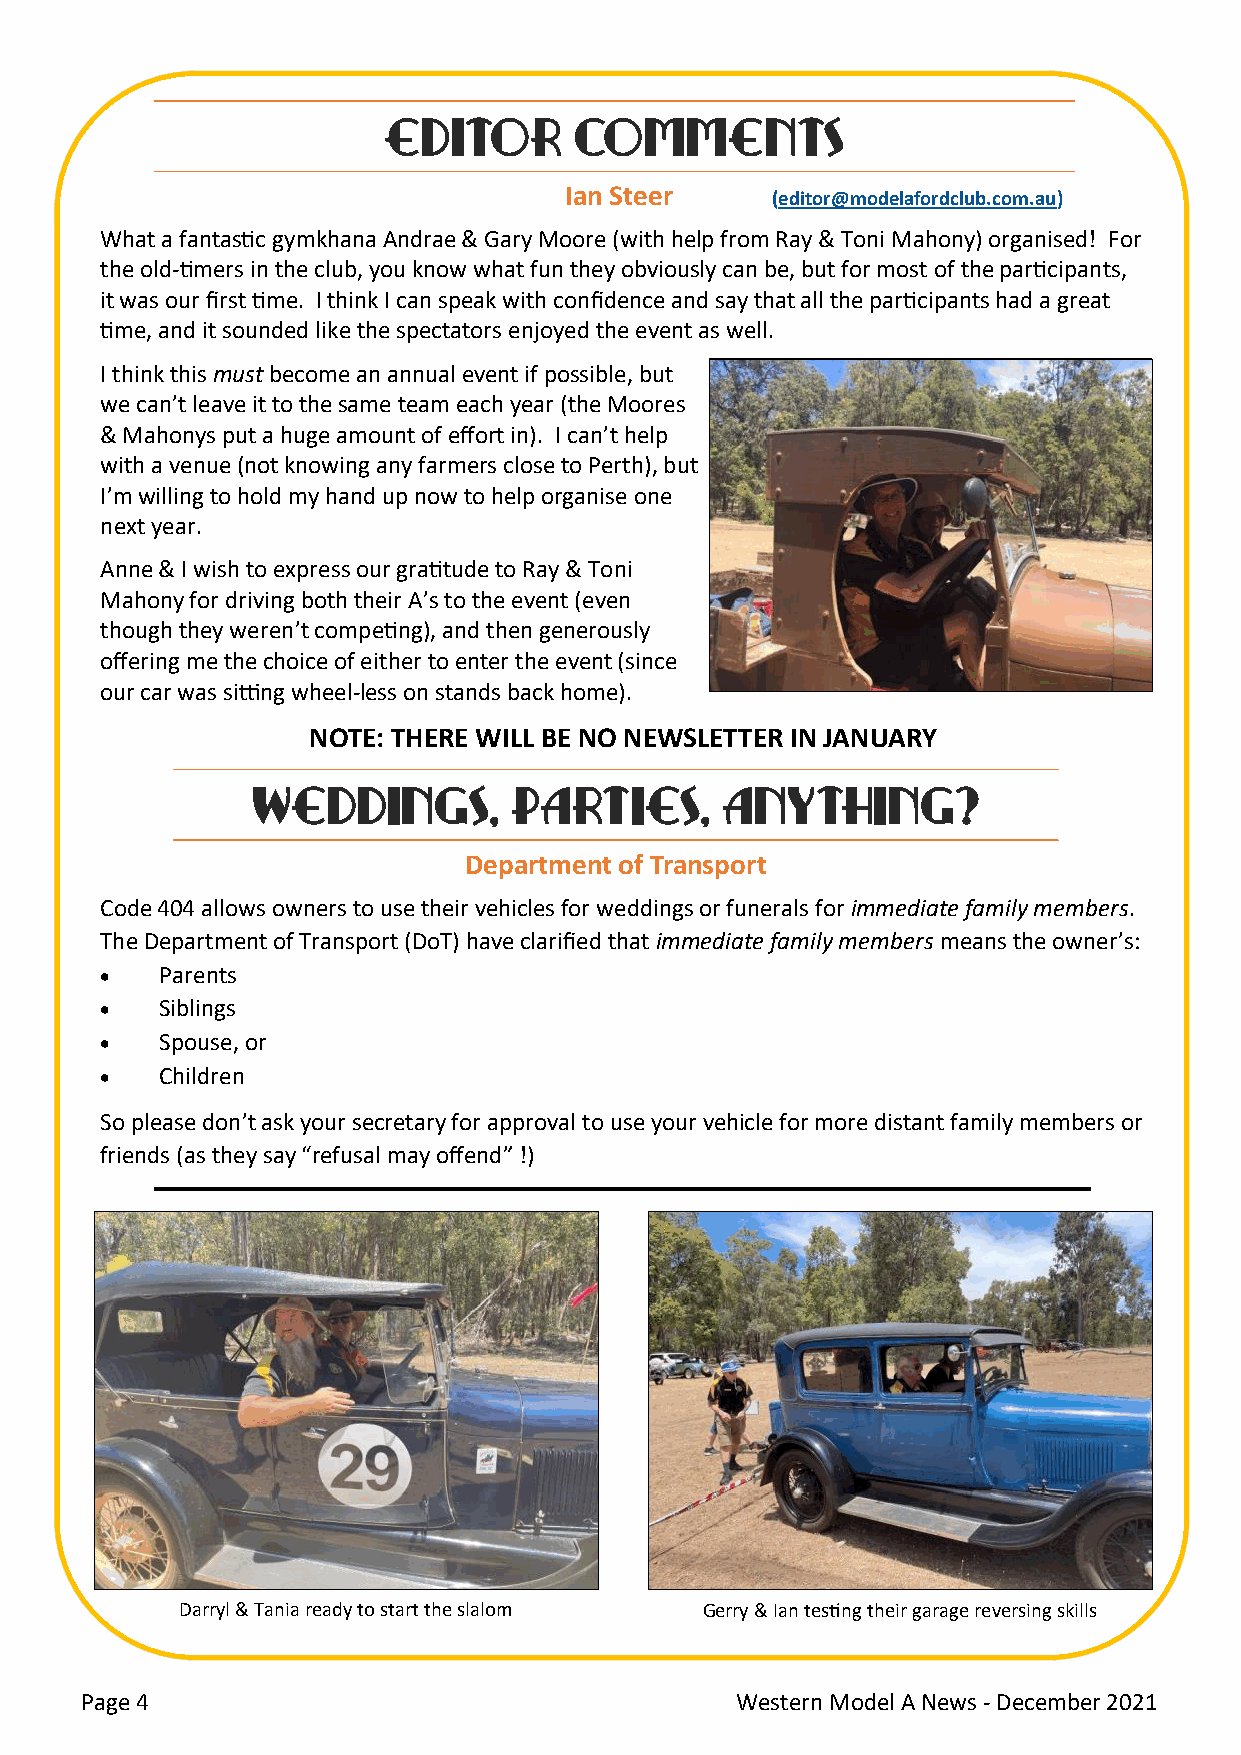
EDITOR       COMMENTS
 Ian Steer
 (editor@modelafordclub.com.au)
 What a fantastic gymkhana Andrae & Gary Moore (with help from Ray & Toni Mahony) organised! For
 the old-timers in the club, you know what fun they obviously can be, but for most of the participants,
 it was our first time. I think I can speak with confidence and say that all the participants had a great
 time, and it sounded like the spectators enjoyed the event as well.
 I think this must become an annual event if possible, but
 we can’t leave it to the same team each year (the Moores
 & Mahonys put a huge amount of effort in). I can’t help
 with a venue (not knowing any farmers close to Perth), but
 I’m willing to hold my hand up now to help organise one
 next year.
 Anne & I wish to express our gratitude to Ray & Toni
 Mahony for driving both their A’s to the event (even
 though they weren’t competing), and then generously
 offering me the choice of either to enter the event (since
 our car was sitting wheel-less on stands back home).
 NOTE: THERE WILL BE NO NEWSLETTER IN JANUARY
 WEDDINGS,        PARTIES,      ANYTHING?
 Department of Transport
 Code 404 allows owners to use their vehicles for weddings or funerals for immediate family members.
 The Department of Transport (DoT) have clarified that immediate family members means the owner’s:
 •   Parents
 •   Siblings
 •   Spouse, or
 •   Children
 So please don’t ask your secretary for approval to use your vehicle for more distant family members or
 friends (as they say “refusal may offend” !)
 Darryl & Tania ready to start the slalom Gerry & Ian testing their garage reversing skills
 Page 4                                      Western Model A News - December 2021